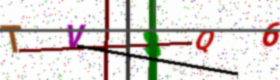
Text: TV8Q6